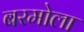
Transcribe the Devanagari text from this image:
बरमोला